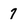
Character: 7